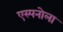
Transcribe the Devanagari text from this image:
एस्पनोला